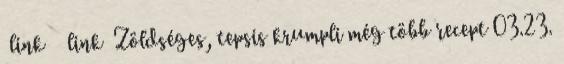
link link Zöldséges, tepsis krumpli még több recept 03.23.